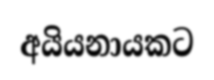
අයියනායකට